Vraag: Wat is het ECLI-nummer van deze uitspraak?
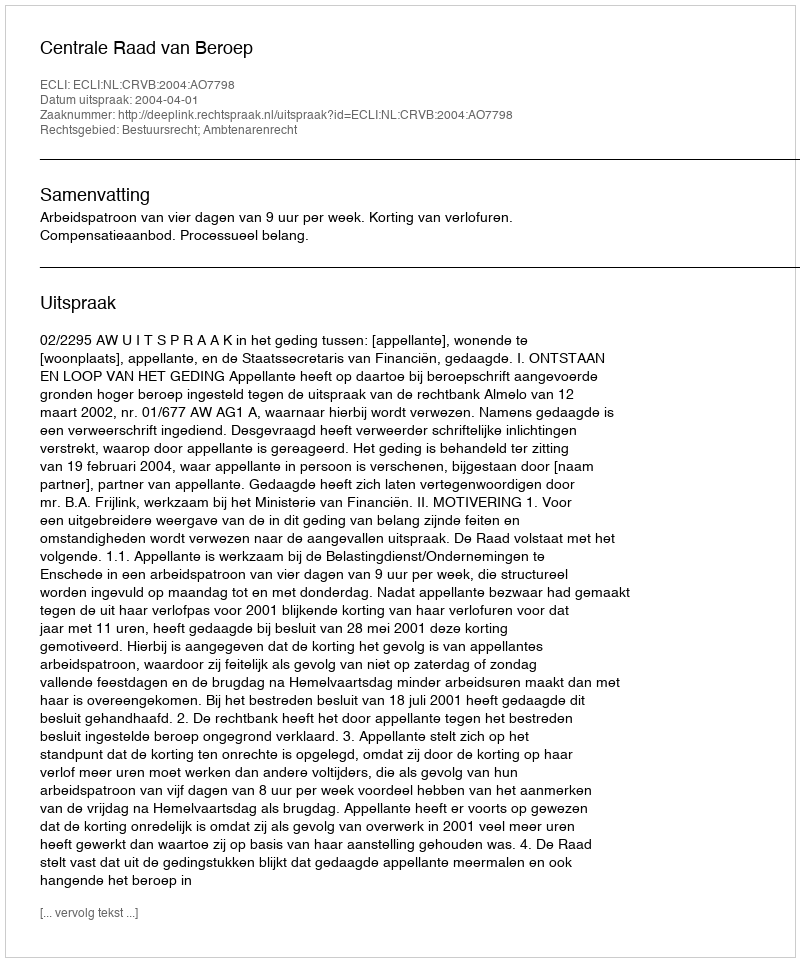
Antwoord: ECLI:NL:CRVB:2004:AO7798